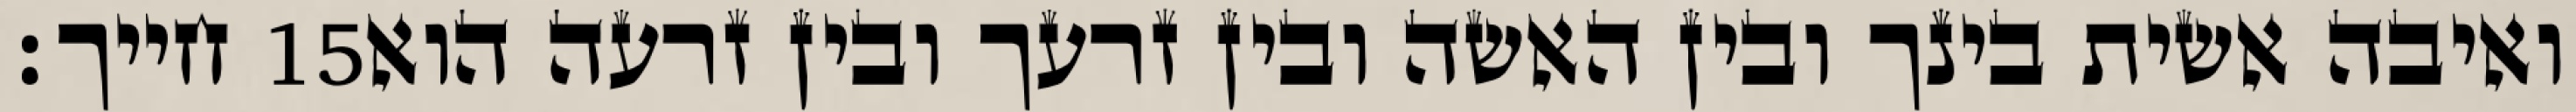
חייך׃ ‎15‏ ואיבה אשית בינך ובין האשה ובין זרעך ובין זרעה הוא